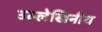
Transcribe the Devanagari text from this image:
उल्लेखिनीय